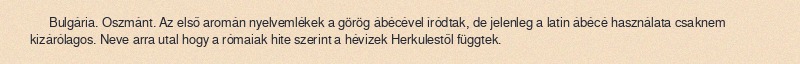
Bulgária. Oszmánt. Az első aromán nyelvemlékek a görög ábécével íródtak, de jelenleg a latin ábécé használata csaknem kizárólagos. Neve arra utal hogy a rómaiak hite szerint a hévizek Herkulestől függtek.